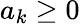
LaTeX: a_{k}\geq 0